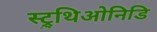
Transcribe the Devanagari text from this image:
स्ट्रुथिओनिडि